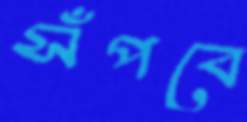
সঁপবে